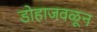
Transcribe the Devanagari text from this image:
डोहाजवळून